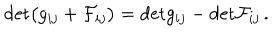
\mathrm { d e t } \bigl ( g _ { i j } + { \cal F } _ { i j } \bigr ) = \mathrm { d e t } g _ { i j } - \mathrm { d e t } { \cal F } _ { i j } \, .